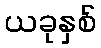
ယခုနှစ်